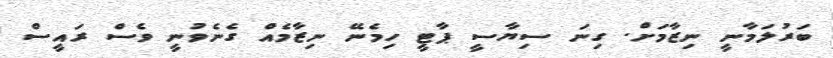
ބަރުލަމާނީ ނިޒާމަށް. ގިނަ ސިޔާސީ ޕާޓީ ހިމެނޭ ނިޒާމެއް ގެނެވުނީ ވެސް ރައީސް